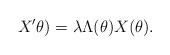
LaTeX: \begin{align*} X'{\theta)} = \lambda \Lambda(\theta) X(\theta).\end{align*}